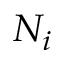
N _ { i }